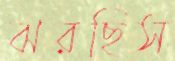
ঝরছিস